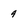
Character: 9